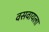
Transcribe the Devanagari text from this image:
वसवायला